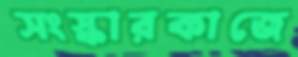
সংস্কারকাজে